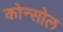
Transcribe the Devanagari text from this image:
कोन्सोल